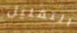
التقليل